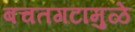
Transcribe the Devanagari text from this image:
बचतगटामुळे